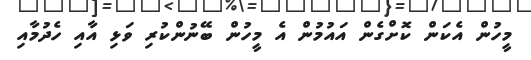
މީހުން އެކަން ކޮށްގެން އައުމުން އެ މީހުން ބޭނުންކުރި ވަޅި އާއި ހެދުމާއި